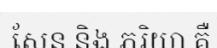
សែន និង ភរិយា គឺ